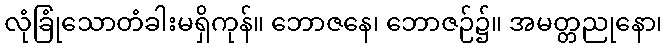
လုံခြုံသောတံခါးမရှိကုန်။ ဘောဇနေ၊ ဘောဇဉ်၌။ အမတ္တညုနော၊